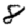
Digit: 8